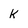
Character: K